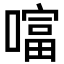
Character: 𠾙